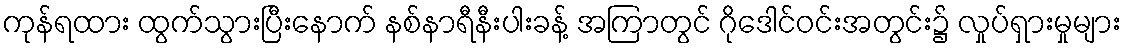
ကုန်ရထား ထွက်သွားပြီးနောက် နစ်နာရီနီးပါးခန့် အကြာတွင် ဂိုဒေါင်ဝင်းအတွင်း၌ လှုပ်ရှားမှုများ